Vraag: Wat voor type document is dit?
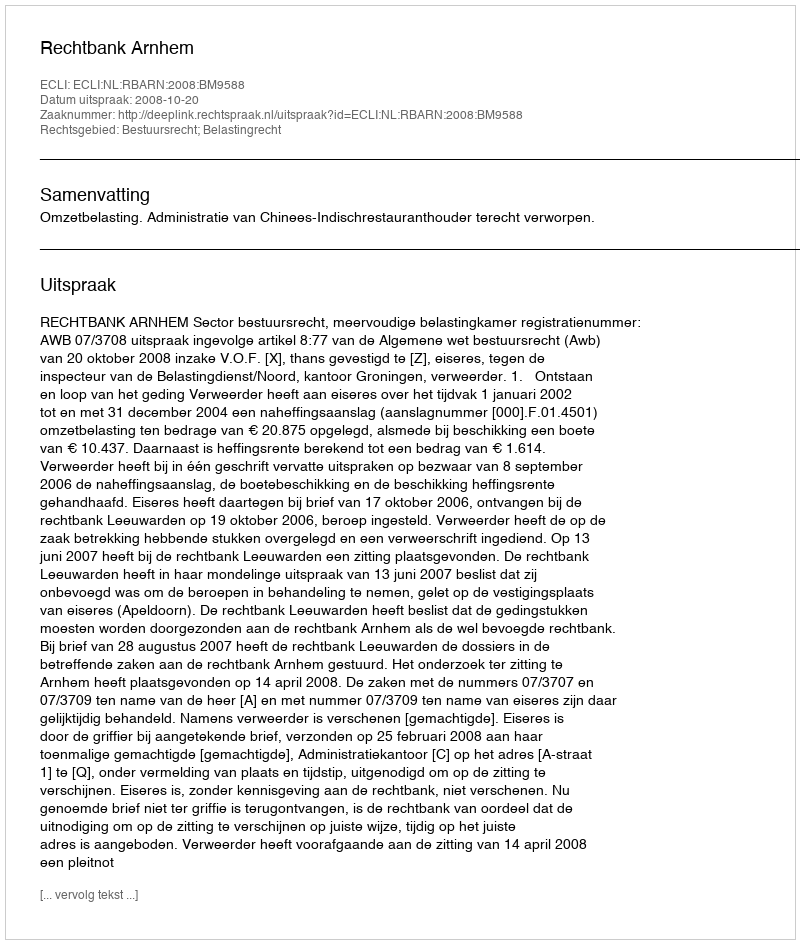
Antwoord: Uitspraak